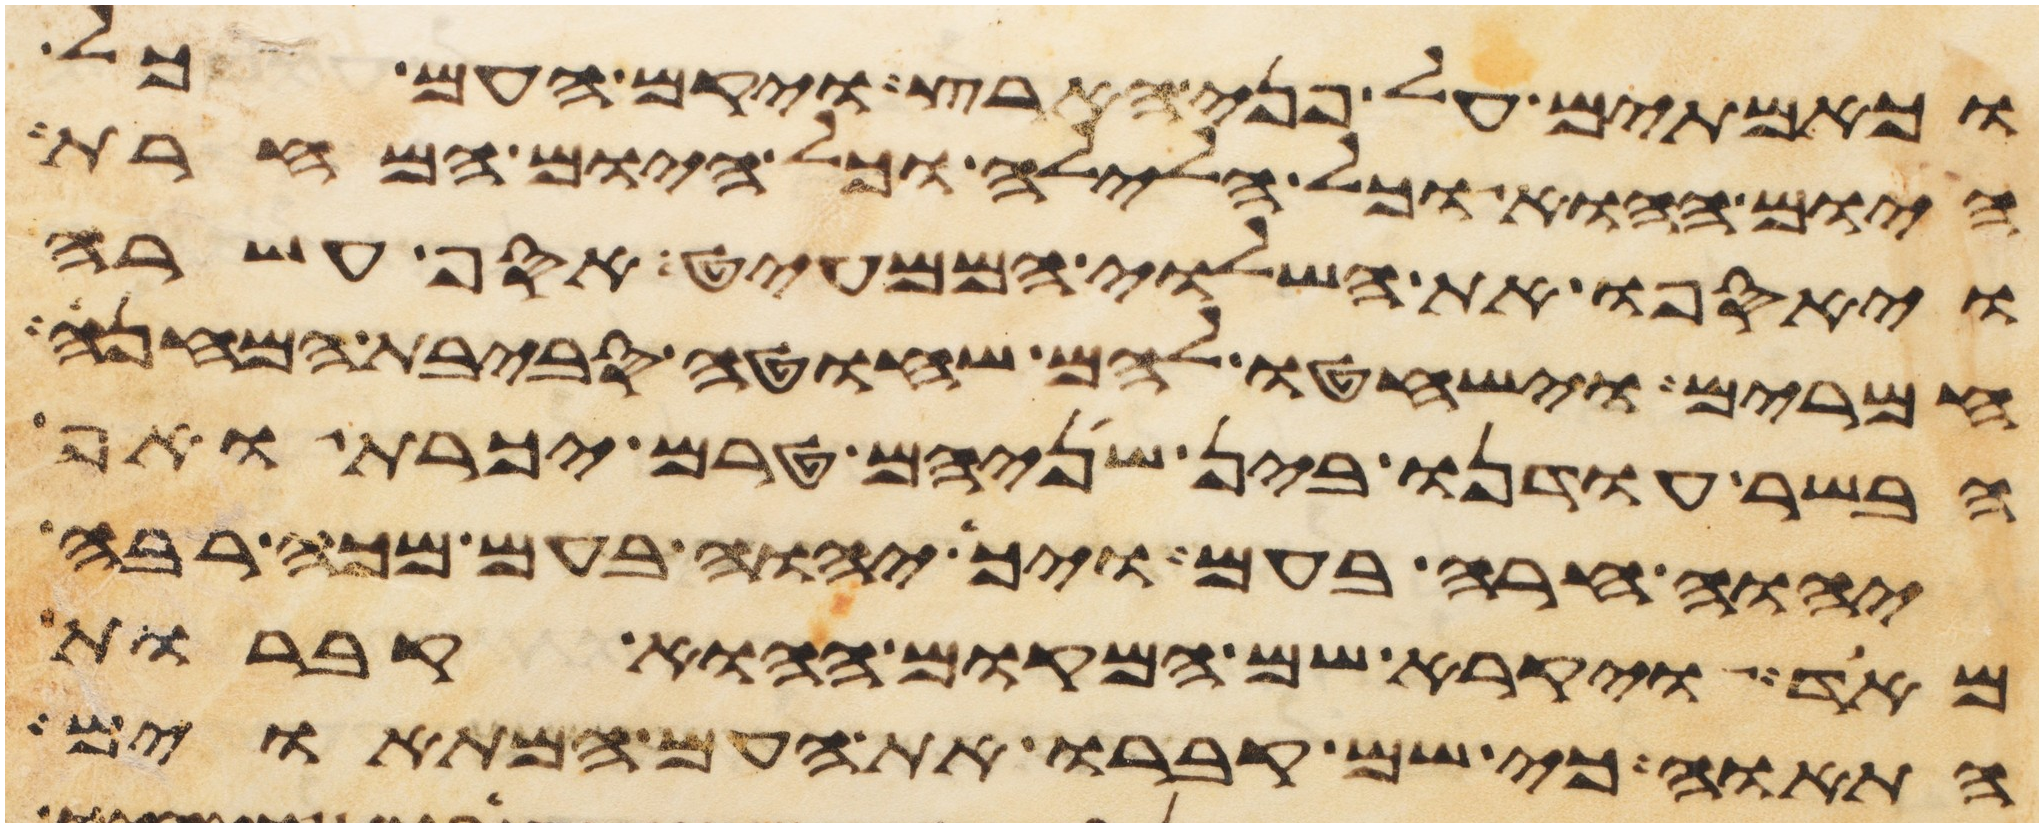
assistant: וכאמתים על פני הארץ ויקם העם כל
היום ההוא וכל הלילה וכל היום המחרת
ויאספו את השלוי הממעיט אסף עשרה
חמרים וישחטו להם שחוט סביבת המחנה
הבשר עודנו בין שניהם טרם יכרת ואף
יהוה חרה בעם ויך יהוה בעם מכה רבה
מאד ויקרא שם המקום ההוא קברות
התאוה כי שם קברו את העם המתאוים